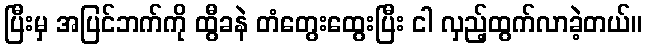
ပြီးမှ အပြင်ဘက်ကို ထွီခနဲ တံတွေးထွေးပြီး ငါ လှည့်ထွက်လာခဲ့တယ်။